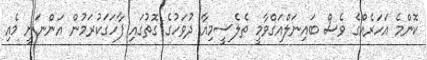
ކޮންމެ އަހަރެއްގެ ވެސް ބައިނަލްއަގްވާމީ ތެލެސީމިއާ ދުވަހުގެ ގޮތުގައި ފާހަގަކުރަމުން އަންނަނީ މެއި